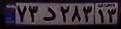
۷۳د۲۸۳۱۳